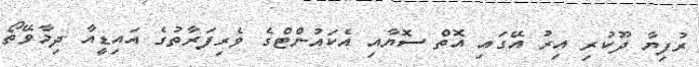
ރުފިޔާ ދޫކުރި އިރު އޭގައި އޮތް ސޮޔާއި އެކައުންޓްގެ ވެރިފަރާތުގެ އައިޑީއާ ދިމާވޭތޯ